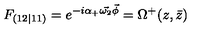
F _ { ( 1 2 \vert 1 1 ) } = e ^ { - i \alpha _ { + } \vec { \omega _ { 2 } } \vec { \phi } } = \Omega ^ { + } ( z , \bar { z } )